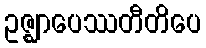
ဥဇ္ဈာပေဿတီတိပေ